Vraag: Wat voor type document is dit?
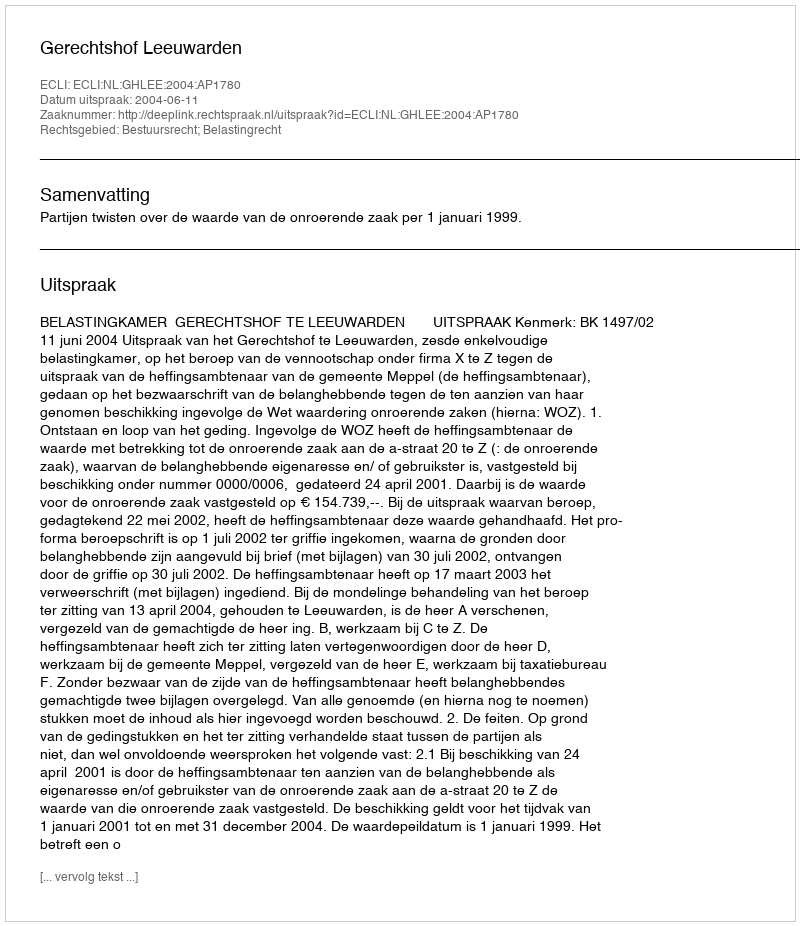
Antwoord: Uitspraak